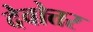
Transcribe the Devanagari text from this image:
देवोत्तर